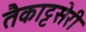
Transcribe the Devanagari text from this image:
तैकाट्टसेरी